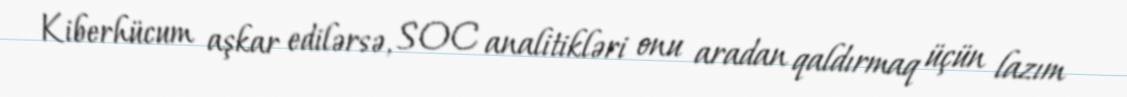
Kiberhücum aşkar edilərsə, SOC analitikləri onu aradan qaldırmaq üçün lazım